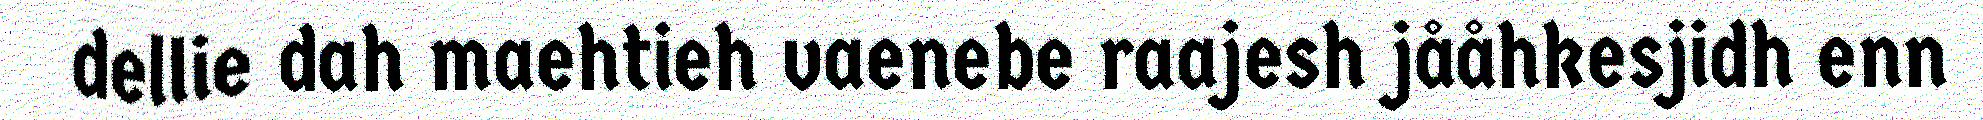
dellie dah maehtieh vaenebe raajesh jååhkesjidh enn